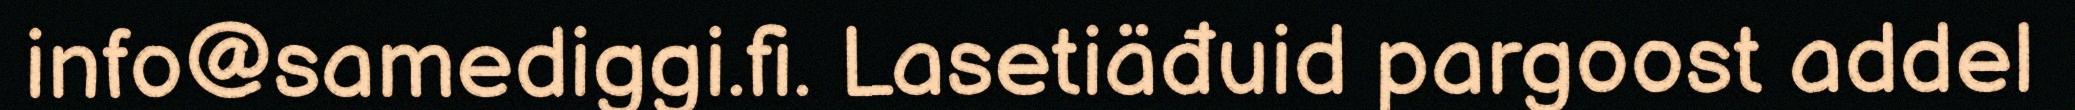
info@samediggi.fi. Lasetiäđuid pargoost addel